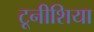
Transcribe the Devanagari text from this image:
टूनीशिया